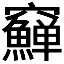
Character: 𥩑